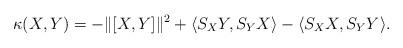
LaTeX: \begin{align*}\kappa(X,Y) = -\|[X,Y]\|^{2} + \langle S_{X}Y,S_{Y}X\rangle - \langle S_{X}X,S_{Y}Y\rangle. \end{align*}